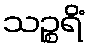
သဉ္စရိံ